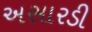
અસારડી